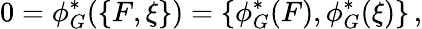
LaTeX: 0=\phi_{G}^{*}(\{ F,\xi\} )=\{ \phi_{G}^{*}(F),\phi_{G}^{*}(\xi)\} \, ,